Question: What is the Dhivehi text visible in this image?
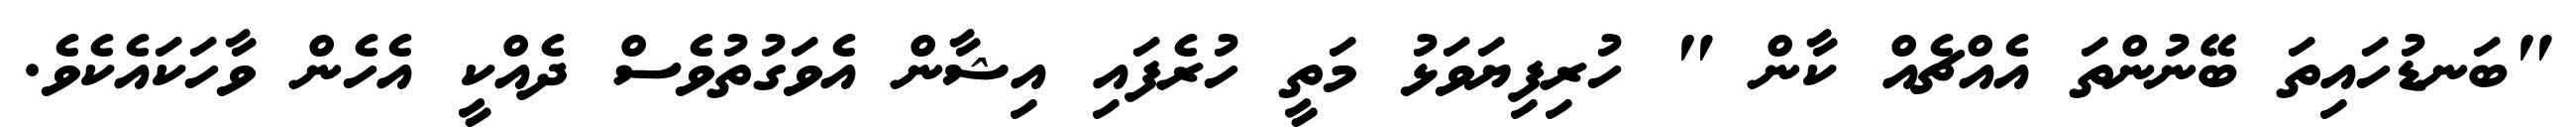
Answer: "ބަނޑުހައިތަ ބޭނުންތަ އެއްޗެއް ކާން " ހުރިފިޔަވަޅު މަތީ ހުރެފައި އިޝާން އެވަގުތުވެސް ދެއްކީ އެހެން ވާހަކައެކެވެ.